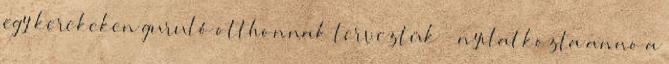
egy kerekeken guruló otthonnak terveztük” – nyilatkozta anno a